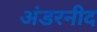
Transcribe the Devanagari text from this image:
अंडरनीद